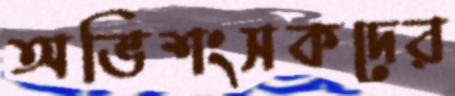
অভিশংসকদের